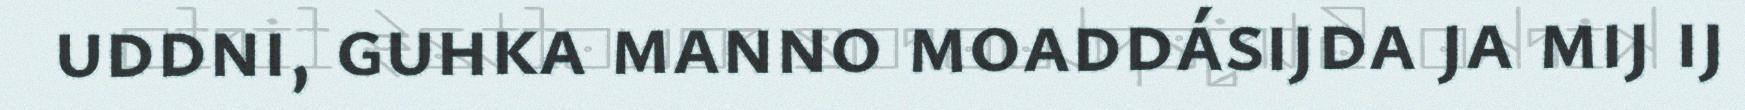
uddni, guhka manno moaddásijda ja mij ij